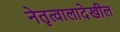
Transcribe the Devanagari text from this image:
नेतृत्वालादेखील